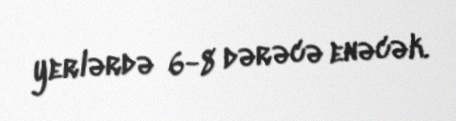
yerlərdə 6-8 dərəcə enəcək.